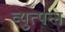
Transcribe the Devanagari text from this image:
व्‍युत्‍पन्‍न